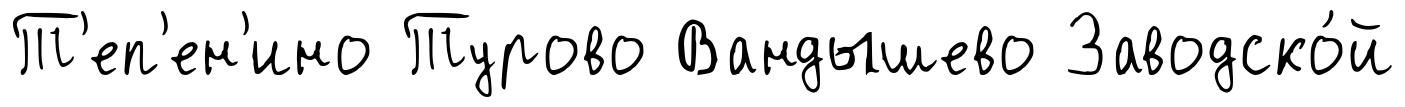
Т'еп'ен'ино Турово Вандышево Заводско́й